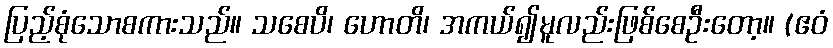
ပြည့်စုံသောစကားသည်။ သစေပိ၊ ဟောတိ၊ အကယ်၍မူလည်းဖြစ်စေဦးတော့။ (ဧဝံ